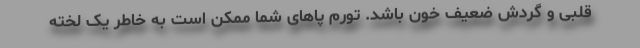
قلبی و گردش ضعیف خون باشد. تورم پا‌های شما ممکن است به خاطر یک لخته